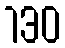
130